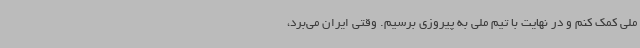
ملی کمک کنم و در نهایت با تیم ملی به پیروزی برسیم. وقتی ایران می‌برد،